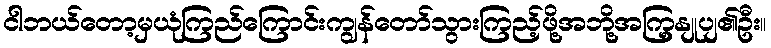
ငါဘယ်တော့မှယုံကြည်ကြောင်းကျွန်တော်သွားကြည့်ဖို့အဘို့အကြှနျုပျ၏ဦး။